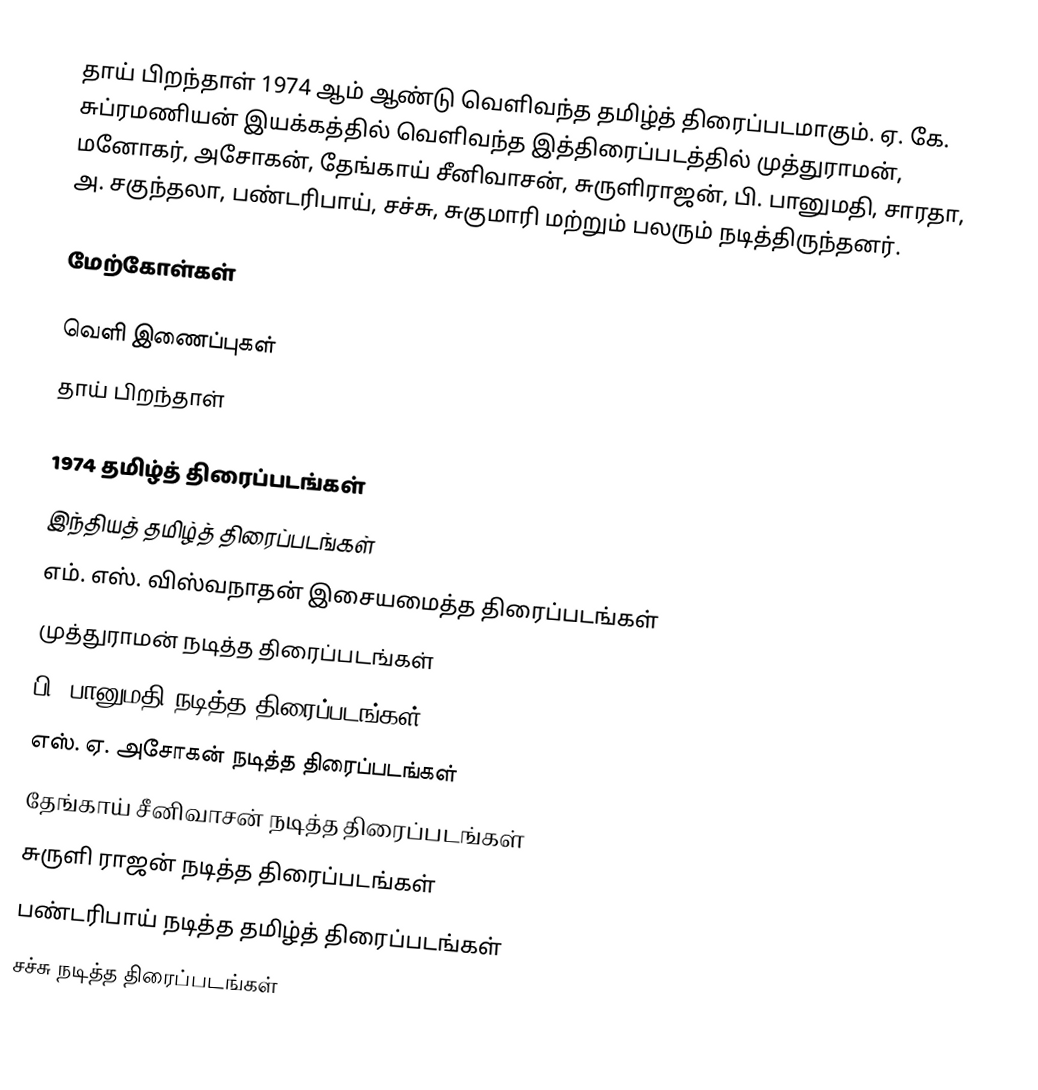
தாய் பிறந்தாள் 1974 ஆம் ஆண்டு வெளிவந்த தமிழ்த் திரைப்படமாகும். ஏ. கே. சுப்ரமணியன் இயக்கத்தில் வெளிவந்த இத்திரைப்படத்தில் முத்துராமன், மனோகர், அசோகன், தேங்காய் சீனிவாசன், சுருளிராஜன்,  பி. பானுமதி,  சாரதா, அ. சகுந்தலா,  பண்டரிபாய், சச்சு, சுகுமாரி மற்றும் பலரும் நடித்திருந்தனர்.

மேற்கோள்கள்

வெளி இணைப்புகள்
 தாய் பிறந்தாள்

1974 தமிழ்த் திரைப்படங்கள்
இந்தியத் தமிழ்த் திரைப்படங்கள்
எம். எஸ். விஸ்வநாதன் இசையமைத்த திரைப்படங்கள்
முத்துராமன் நடித்த திரைப்படங்கள்
பி. பானுமதி நடித்த திரைப்படங்கள்
எஸ். ஏ. அசோகன் நடித்த திரைப்படங்கள்
தேங்காய் சீனிவாசன் நடித்த திரைப்படங்கள்
சுருளி ராஜன் நடித்த திரைப்படங்கள்
பண்டரிபாய் நடித்த தமிழ்த் திரைப்படங்கள்
சச்சு நடித்த திரைப்படங்கள்